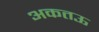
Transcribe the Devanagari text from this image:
अकतऊ